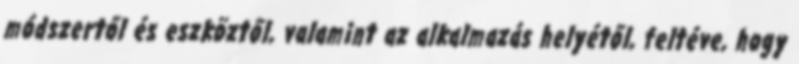
módszertől és eszköztől, valamint az alkalmazás helyétől, feltéve, hogy